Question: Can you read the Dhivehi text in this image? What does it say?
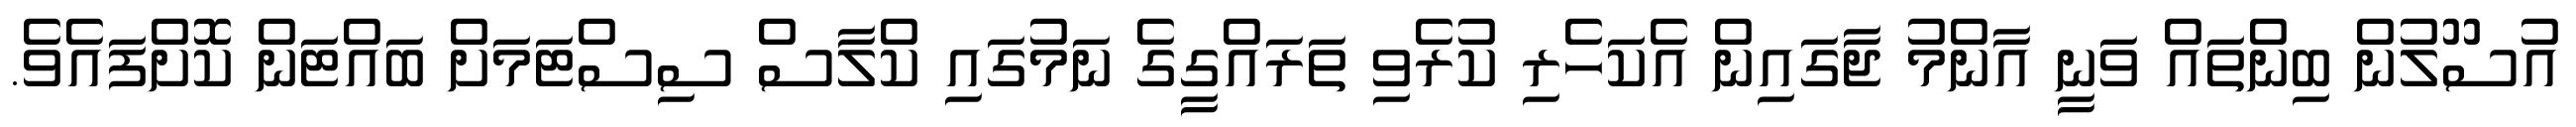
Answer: އުސޫލުން ބިންތައް ވަނީ އާންމު ޖާގައިން އެކަހެރި ކުރެވި ތަރައްގީގެ ނަމުގައި ކްލާސް ސިސްޓަމަށް ބައްޓަން ކޮށްފައެވެ.